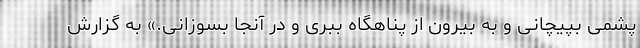
پشمی بپیچانی و به بیرون از پناهگاه ببری و در آنجا بسوزانی.» به گزارش